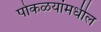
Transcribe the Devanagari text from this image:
पोकळयांमधील